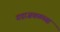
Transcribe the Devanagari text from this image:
गडाजवळच्या